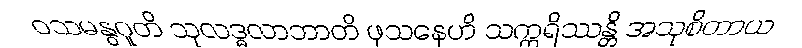
ဝသမနွဂူတိ သုလဒ္ဓလာဘာတိ ဖုသနေဟိ သက္ကရိဿန္တိ အသုစိတာယ